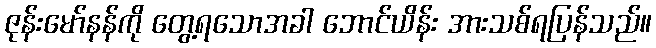
ဇုန်းမော်နန်ကို တွေ့ရသောအခါ ဘောင်ယိန်း အားသစ်ရပြန်သည်။